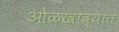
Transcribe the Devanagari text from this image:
ओळखाव्यात